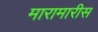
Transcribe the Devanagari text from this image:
मारामारीस